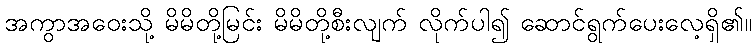
အကွာအဝေးသို့ မိမိတို့မြင်း မိမိတို့စီးလျက် လိုက်ပါ၍ ဆောင်ရွက်ပေးလေ့ရှိ၏။